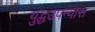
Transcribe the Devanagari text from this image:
युद्धउपन्यास